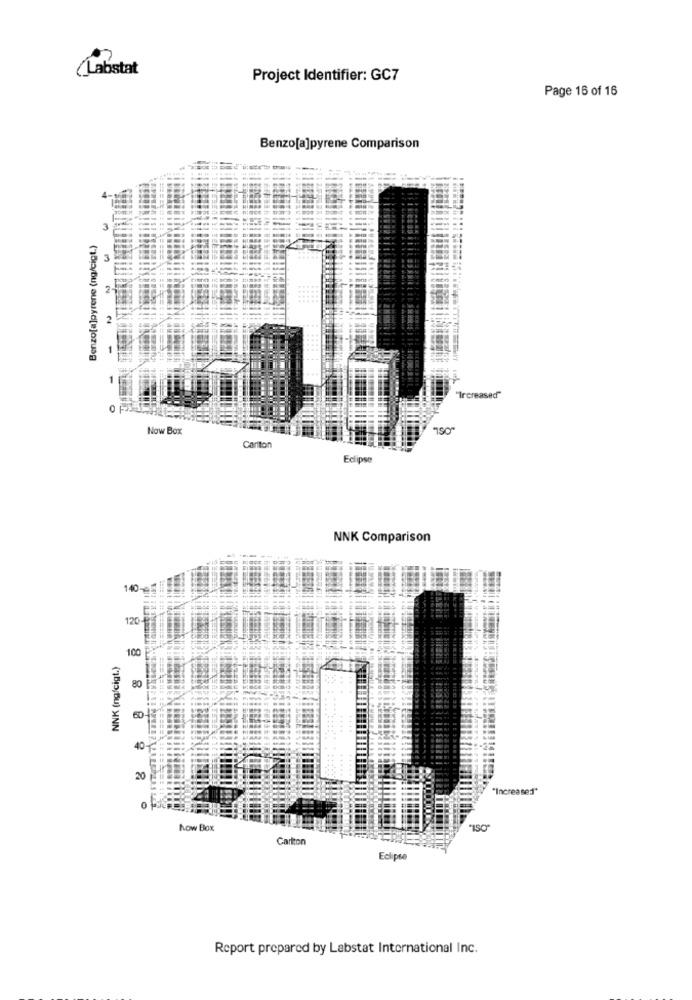
(Labstat
Project Identifier: GC7
Page 16 of 16
Benzo[a]pyrene Comparison
3
Benzo[a]pyrene (ng/cigt.)
2
2
-
"Increased"
Now Box
Carlton
Eclipse
NNK Comparison
140-g
120-
100
NNK (ng/cigt.)
80
60
2 8 8 8
....
....
40
20
"Increased"
0
Now Box
Carlton
Eclipse
Report prepared by Labstat International Inc.